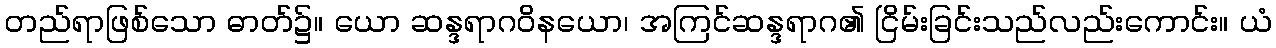
တည်ရာဖြစ်သော ဓာတ်၌။ ယော ဆန္ဒရာဂဝိနယော၊ အကြင်ဆန္ဒရာဂ၏ ငြိမ်းခြင်းသည်လည်းကောင်း။ ယံ